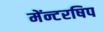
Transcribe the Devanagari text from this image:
मेंन्टरषिप